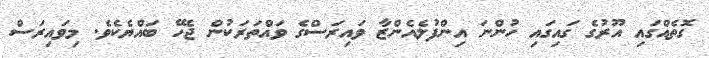
ގޮތެއްގައި އޫރުގެ ގައިގައި ހުންނަ އިންފުލެއެންޒާ ވައިރަސްގެ ވައްތަރަކުން ޖެހޭ ބައްޔެކެވެ. މިވައިރަސް